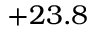
+ 2 3 . 8